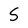
Character: S